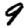
Digit: 9